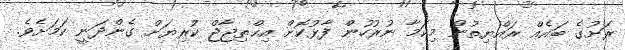
ރަށުގެ ބައެއް ރައްޔިތުން މިކަމާ ނުރުހުން ފާޅުކޮށް އިޙްތިޖާޖް ކުރިޔަށް ގެންދަނީ ކަމަށެވެ.